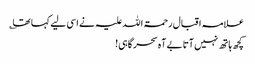
علامہ اقبال رحمۃ اللہ علیہ نے اسی لیے کہا تھا ؎
کچھ ہاتھ نہیں آتا بے آہ سحر گاہی!